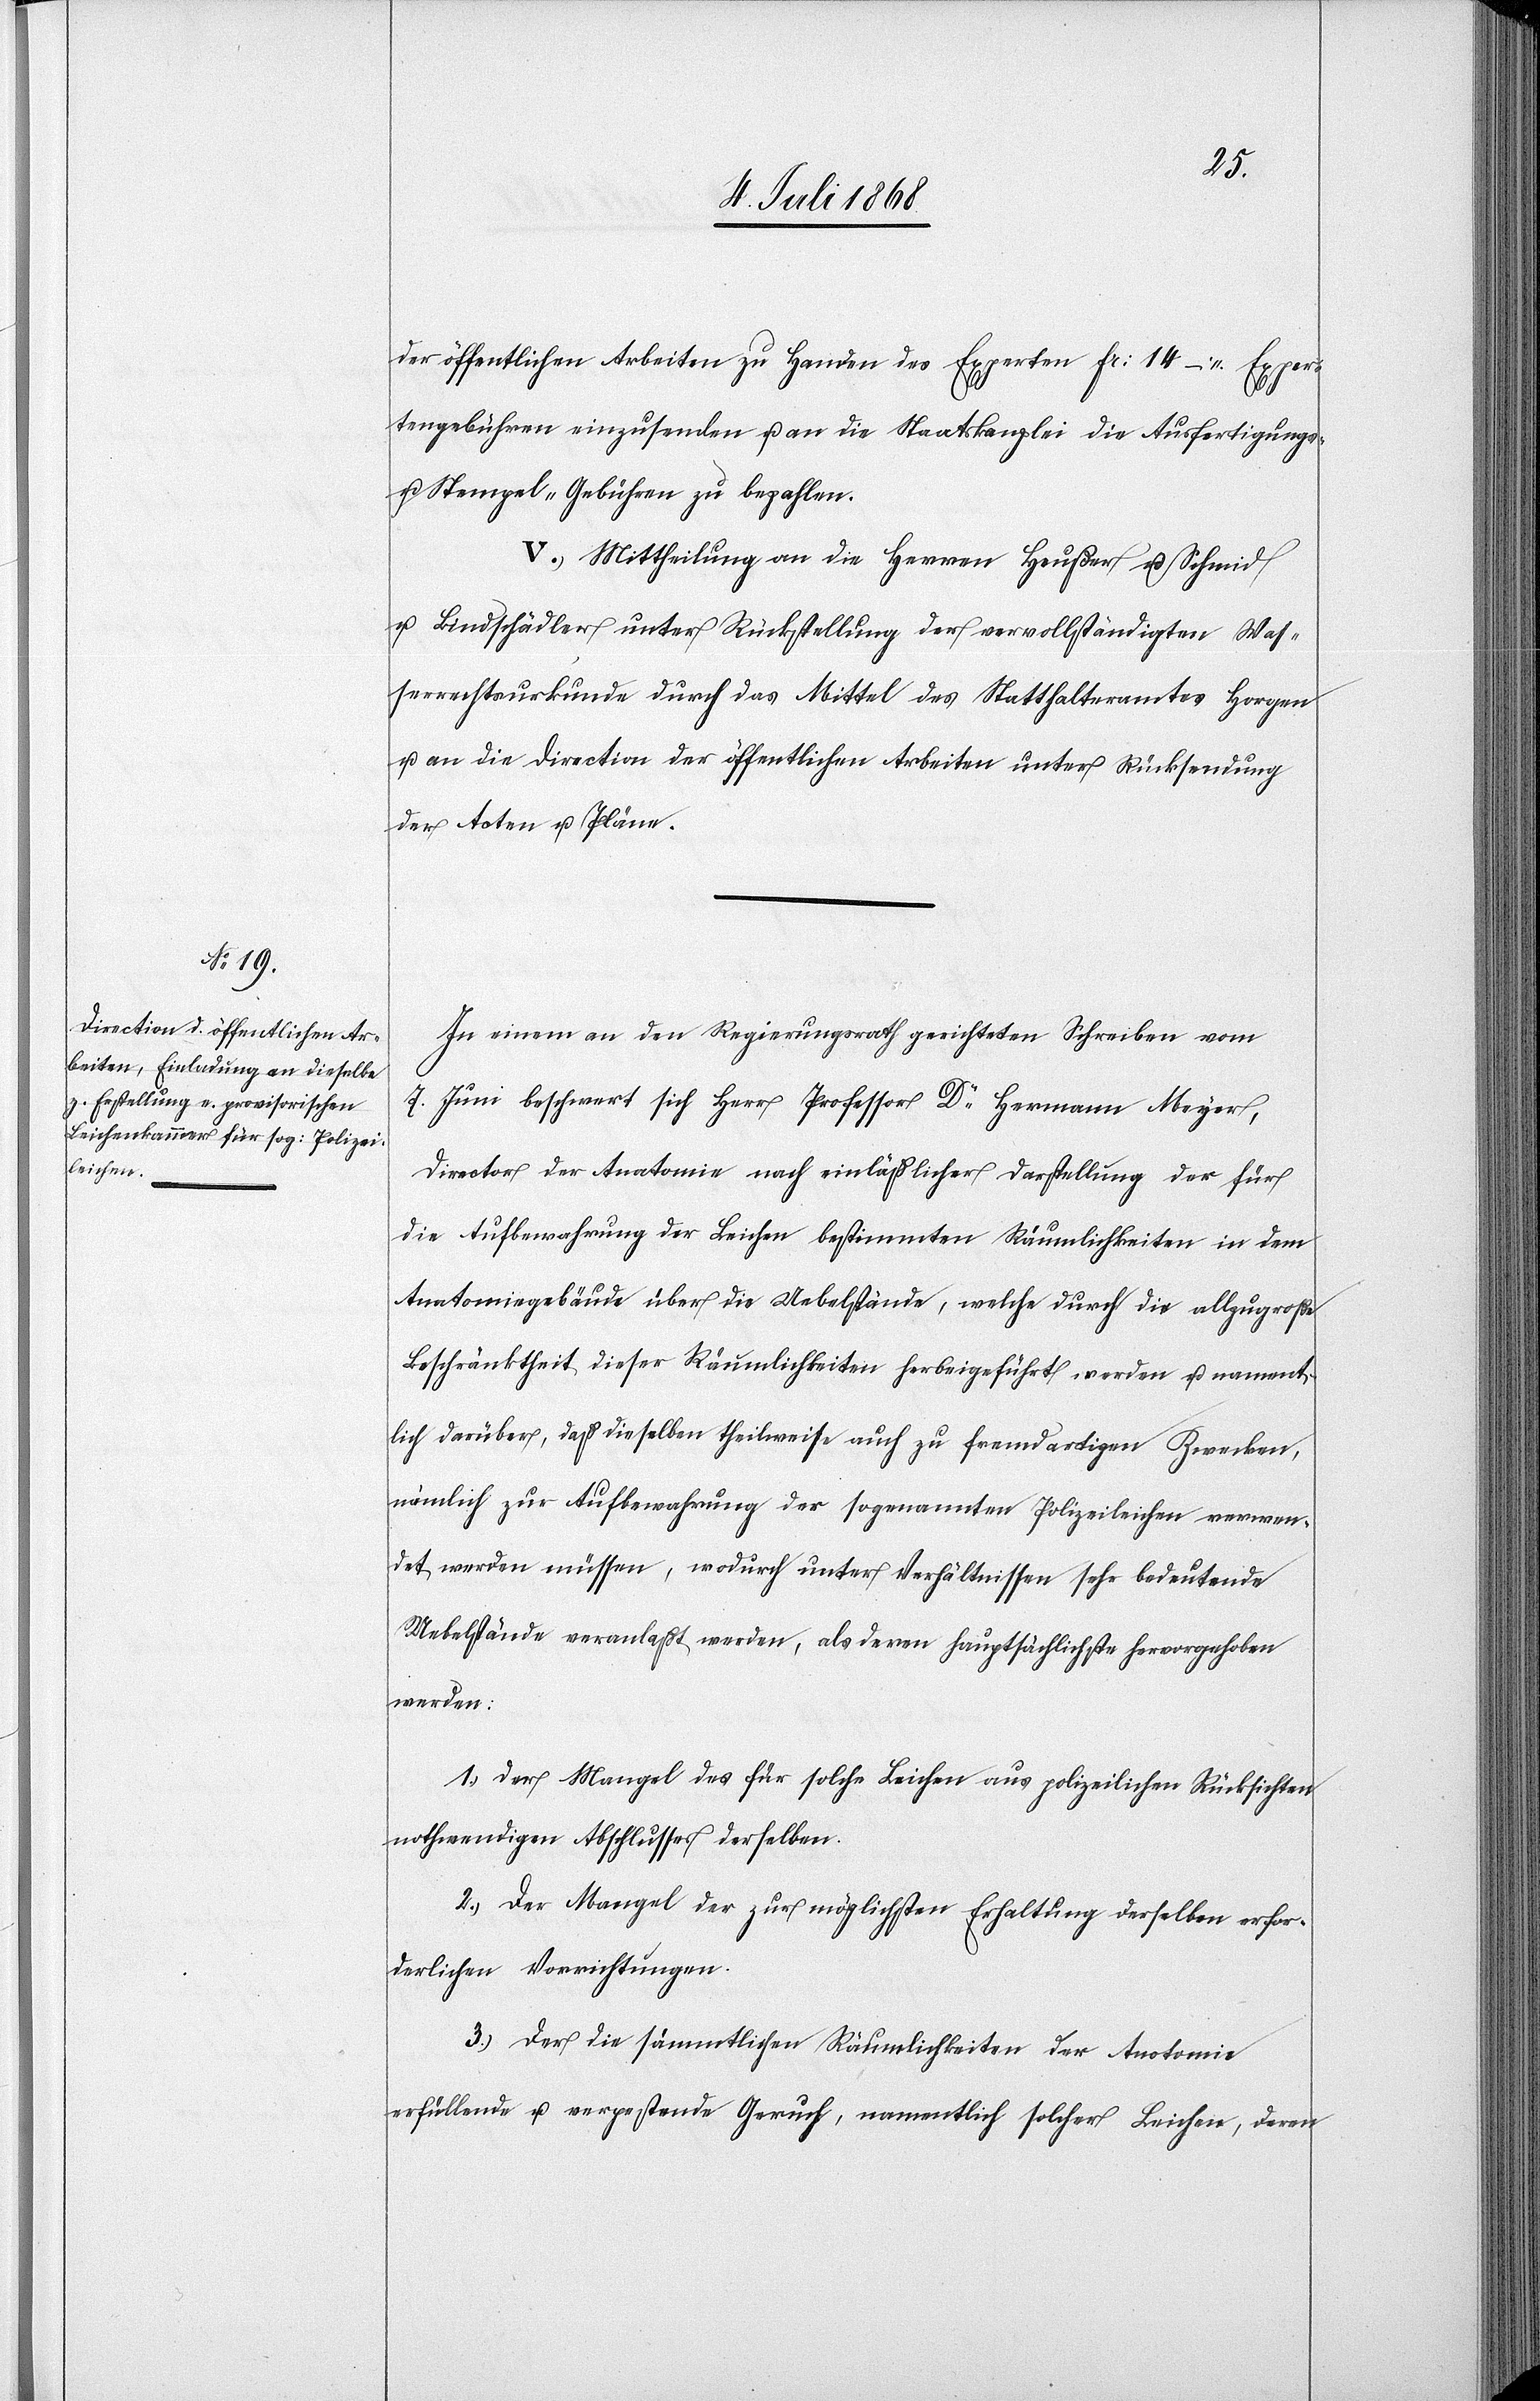
der öffentlichen Arbeiten zu Handen des Experten Fr: 14 – Exper¬
tengebühren einzusenden u. an die Staatskanzlei die Ausfertigungs-
u. Stempel-Gebühren zu bezahlen.
V.) Mittheilung an die Herren Heußer u. Schmid
u. Bindschädler unter Rückstellung der vervollständigten Was¬
serrechtsurkunde durch das Mittel des Statthalteramtes Horgen
u. an die Direction der öffentlichen Arbeiten unter Rücksendung
der Acten u. Pläne.
In einem an den Regierungsrath gerichteten Schreiben vom
7. Juni beschwert sich Herr Professor Dr Hermann Meyer,
Director der Anatomie nach einläßlicher Darstellung der für
die Aufbewahrung der Leichen bestimmten Räumlichkeiten in dem
Anatomiegebäude über die Uebelstände, welche durch die allzugroße
Beschränktheit dieser Räumlichkeiten herbeigeführt werden u. nament¬
lich darüber, daß dieselben theilweise auch zu fremdartigen Zwecken,
nämlich zur Aufbewahrung der sogenannten Polizeileichen verwen¬
det werden müssen, wodurch unter Verhältnissen sehr bedeutende
Uebelstände veranlaßt werden, als deren hauptsächlichste hervorgehoben
werden:
1.) Der Mangel des für solche Leichen aus polizeilichen Rücksichten
nothwendigen Abschlusses derselben.
2.) Der Mangel der zur möglichsten Erhaltung derselben erfor¬
derlichen Vorrichtungen.
3.) Der die sämmtlichen Räumlichkeiten der Anatomie
erfüllende u. verpestende Geruch, namentlich solcher Leichen, deren